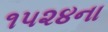
૧૫૨૪ના